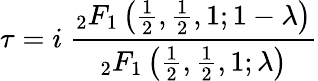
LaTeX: \tau=i\ {\frac{{}_{2}F_{1}\left({\frac{1}{2}},{\frac{1}{2}},1;1-\lambda\right)}{{}_{2}F_{1}\left({\frac{1}{2}},{\frac{1}{2}},1;\lambda\right)}}